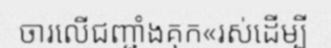
ចារលើជញ្ជាំងគុក«រស់ដើម្បី